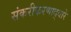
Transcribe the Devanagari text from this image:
संकरीकरणाद्वारे